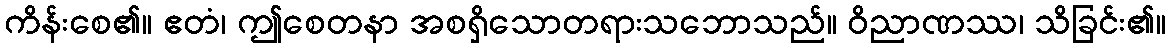
ကိန်းစေ၏။ ဧတံ၊ ဤစေတနာ အစရှိသောတရားသဘောသည်။ ဝိညာဏဿ၊ သိခြင်း၏။